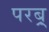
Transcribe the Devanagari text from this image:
परब्र्